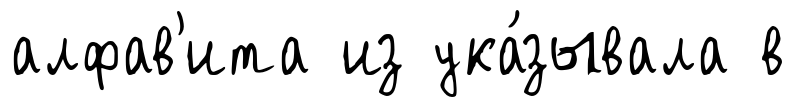
алфав'ита из ука́зывала в